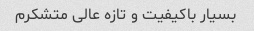
بسیار باکیفیت و تازه عالی متشکرم